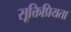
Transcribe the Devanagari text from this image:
सूक्तिप्रियता